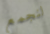
لنجمع